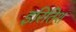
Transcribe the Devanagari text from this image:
इरितिश